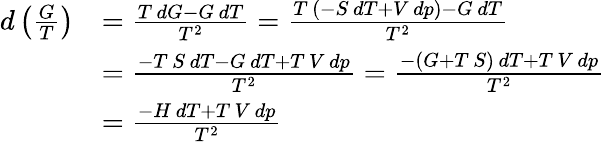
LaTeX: {\begin{array}{rl}{d\left({\frac{G}{T}}\right)}&{={\frac{T\, dG-G\, dT}{T^{2}}}={\frac{T\, (-S\, dT+V\, dp)-G\, dT}{T^{2}}}}\\ &{={\frac{-T\, S\, dT-G\, dT+T\, V\, dp}{T^{2}}}={\frac{-(G+T\, S)\, dT+T\, V\, dp}{T^{2}}}}\\ &{={\frac{-H\, dT+T\, V\, dp}{T^{2}}}}\end{array}}\,